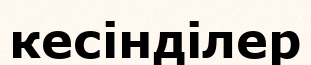
кесінділер